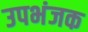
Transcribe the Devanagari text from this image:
उपभंजक